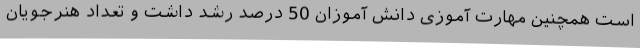
است همچنین مهارت آموزی دانش آموزان 50 درصد رشد داشت و تعداد هنرجویان